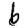
Digit: 6